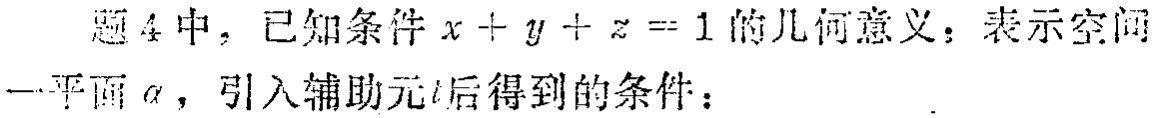
题4中，已知条件\(x + y + z = 1\)的几何意义：表示空间

一平面\(\alpha\)，引入辅助元\(t\)后得到的条件：